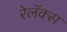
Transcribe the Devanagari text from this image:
रेलॅक्स